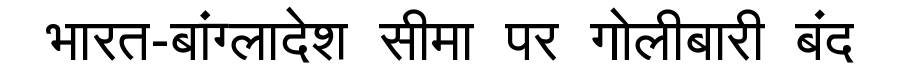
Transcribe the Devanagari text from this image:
भारत-बांग्लादेश सीमा पर गोलीबारी बंद